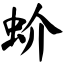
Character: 蚧